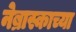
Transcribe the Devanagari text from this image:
नेब्रास्काच्या